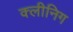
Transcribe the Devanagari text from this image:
क्लीनिग